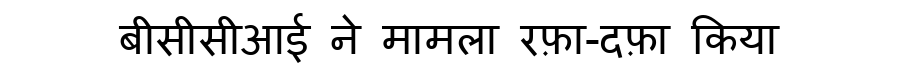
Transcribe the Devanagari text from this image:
बीसीसीआई ने मामला रफ़ा-दफ़ा किया